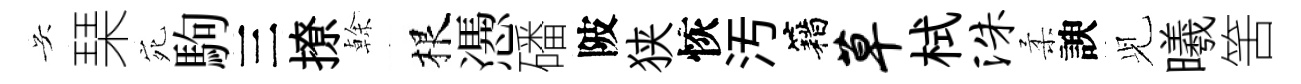
吴琹宛駒三撩𠏉根慿磻陂狭恢汚籍草栻洙柔諛𫤗曦筈